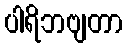
ပါရိဘဗျတာ